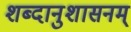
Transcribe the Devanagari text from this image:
शब्दानुशासनम्